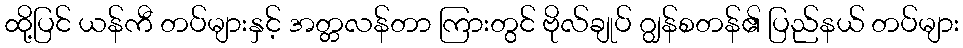
ထို့ပြင် ယန်ကီ တပ်များနှင့် အတ္တလန်တာ ကြားတွင် ဗိုလ်ချုပ် ဂျွန်စတန်၏ ပြည်နယ် တပ်များ